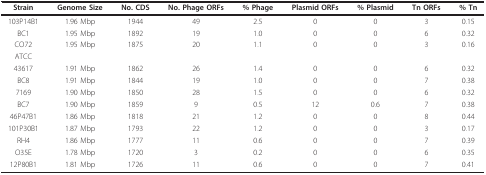
<table><thead><tr><td><b>Strain</b></td><td><b>Genome Size</b></td><td><b>No. CDS</b></td><td><b>No. Phage ORFs</b></td><td><b>% Phage</b></td><td><b>Plasmid ORFs</b></td><td><b>% Plasmid</b></td><td><b>Tn ORFs</b></td><td><b>% Tn</b></td></tr></thead><tbody><tr><td>103P14B1</td><td>1.96 Mbp</td><td>1944</td><td>49</td><td>2.5</td><td>0</td><td>0</td><td>3</td><td>0.15</td></tr><tr><td>BC1</td><td>1.95 Mbp</td><td>1892</td><td>19</td><td>1.0</td><td>0</td><td>0</td><td>6</td><td>0.32</td></tr><tr><td>CO72</td><td>1.95 Mbp</td><td>1875</td><td>20</td><td>1.1</td><td>0</td><td>0</td><td>3</td><td>0.16</td></tr><tr><td>ATCC</td><td></td><td></td><td></td><td></td><td></td><td></td><td></td><td></td></tr><tr><td>43617</td><td>1.91 Mbp</td><td>1862</td><td>26</td><td>1.4</td><td>0</td><td>0</td><td>6</td><td>0.32</td></tr><tr><td>BC8</td><td>1.91 Mbp</td><td>1844</td><td>19</td><td>1.0</td><td>0</td><td>0</td><td>7</td><td>0.38</td></tr><tr><td>7169</td><td>1.90 Mbp</td><td>1850</td><td>28</td><td>1.5</td><td>0</td><td>0</td><td>6</td><td>0.32</td></tr><tr><td>BC7</td><td>1.90 Mbp</td><td>1859</td><td>9</td><td>0.5</td><td>12</td><td>0.6</td><td>7</td><td>0.38</td></tr><tr><td>46P47B1</td><td>1.86 Mbp</td><td>1818</td><td>21</td><td>1.2</td><td>0</td><td>0</td><td>8</td><td>0.44</td></tr><tr><td>101P30B1</td><td>1.87 Mbp</td><td>1793</td><td>22</td><td>1.2</td><td>0</td><td>0</td><td>3</td><td>0.17</td></tr><tr><td>RH4</td><td>1.86 Mbp</td><td>1777</td><td>11</td><td>0.6</td><td>0</td><td>0</td><td>7</td><td>0.39</td></tr><tr><td>O35E</td><td>1.78 Mbp</td><td>1720</td><td>3</td><td>0.2</td><td>0</td><td>0</td><td>6</td><td>0.35</td></tr><tr><td>12P80B1</td><td>1.81 Mbp</td><td>1726</td><td>11</td><td>0.6</td><td>0</td><td>0</td><td>7</td><td>0.41</td></tr></tbody></table>